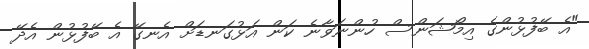
"އެ ބޭފުޅުންގެ އިމޯޝަންސް ހުންނަވާނެ ކަން އަޅުގަނޑަށް އެނގޭ އެ ބޭފުޅުން އެދޭ